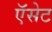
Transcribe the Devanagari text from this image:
ऍसेट